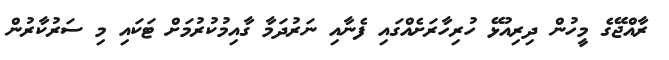
ރާއްޖޭގެ މީހުން ދިރިއުޅޭ ހުރިހާރަށެއްގައި ފެނާއި ނަރުދަމާ ގާއިމުކުރުމަށް ޓަކައި މި ސަރުކާރުން